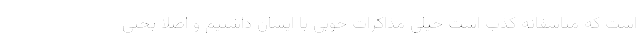
است که متاسفانه کذب است خیلی مذاکرات خوبی با ایشان داشتیم و اصلا بحثی